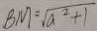
B M = \sqrt { a ^ { 2 } + 1 }